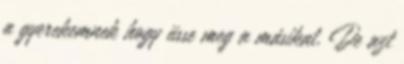
a gyerekemnek hogy üsse meg a másikat. De azt